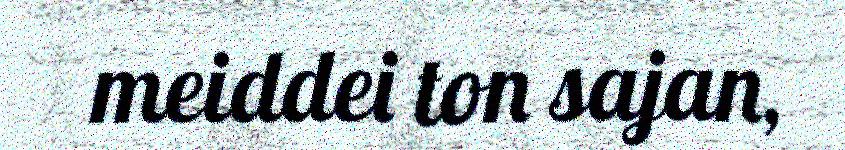
meiddei ton sajan,